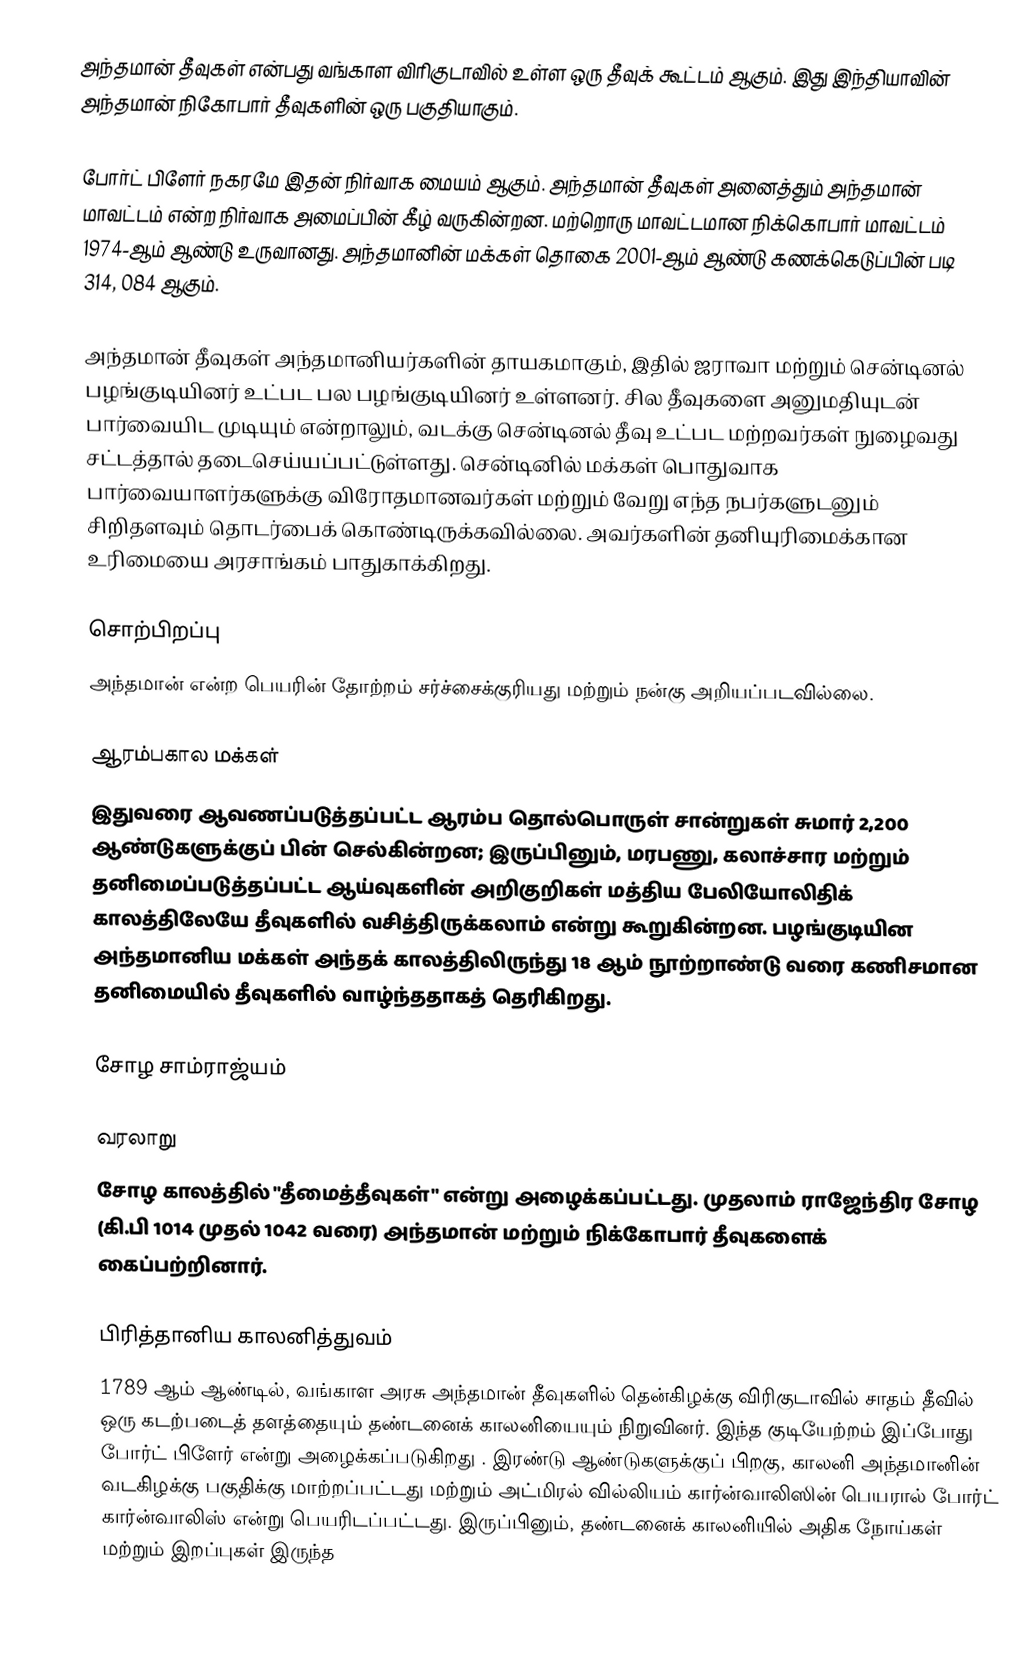
அந்தமான் தீவுகள் என்பது வங்காள விரிகுடாவில் உள்ள ஒரு தீவுக் கூட்டம் ஆகும். இது இந்தியாவின் அந்தமான் நிகோபார் தீவுகளின் ஒரு பகுதியாகும்.

போர்ட் பிளேர் நகரமே இதன் நிர்வாக மையம் ஆகும். அந்தமான் தீவுகள் அனைத்தும் அந்தமான் மாவட்டம் என்ற நிர்வாக அமைப்பின் கீழ் வருகின்றன. மற்றொரு மாவட்டமான நிக்கொபார் மாவட்டம் 1974-ஆம் ஆண்டு உருவானது. அந்தமானின் மக்கள் தொகை 2001-ஆம் ஆண்டு கணக்கெடுப்பின் படி 314, 084 ஆகும்.

அந்தமான் தீவுகள் அந்தமானியர்களின் தாயகமாகும், இதில் ஜராவா மற்றும் சென்டினல்  பழங்குடியினர் உட்பட பல பழங்குடியினர் உள்ளனர்.  சில தீவுகளை அனுமதியுடன் பார்வையிட முடியும் என்றாலும், வடக்கு சென்டினல் தீவு உட்பட மற்றவர்கள் நுழைவது சட்டத்தால் தடைசெய்யப்பட்டுள்ளது. சென்டினில் மக்கள் பொதுவாக பார்வையாளர்களுக்கு விரோதமானவர்கள் மற்றும் வேறு எந்த நபர்களுடனும் சிறிதளவும் தொடர்பைக் கொண்டிருக்கவில்லை. அவர்களின் தனியுரிமைக்கான உரிமையை அரசாங்கம் பாதுகாக்கிறது.

சொற்பிறப்பு
அந்தமான் என்ற பெயரின் தோற்றம் சர்ச்சைக்குரியது மற்றும் நன்கு அறியப்படவில்லை.

ஆரம்பகால மக்கள்
இதுவரை ஆவணப்படுத்தப்பட்ட ஆரம்ப தொல்பொருள் சான்றுகள் சுமார் 2,200 ஆண்டுகளுக்குப் பின் செல்கின்றன; இருப்பினும், மரபணு, கலாச்சார மற்றும் தனிமைப்படுத்தப்பட்ட ஆய்வுகளின் அறிகுறிகள் மத்திய பேலியோலிதிக் காலத்திலேயே தீவுகளில் வசித்திருக்கலாம் என்று கூறுகின்றன. பழங்குடியின அந்தமானிய மக்கள் அந்தக் காலத்திலிருந்து 18 ஆம் நூற்றாண்டு வரை கணிசமான தனிமையில் தீவுகளில் வாழ்ந்ததாகத் தெரிகிறது.

சோழ சாம்ராஜ்யம்

வரலாறு
சோழ காலத்தில் "தீமைத்தீவுகள்" என்று அழைக்கப்பட்டது. முதலாம் ராஜேந்திர சோழ  (கி.பி 1014 முதல் 1042 வரை) அந்தமான் மற்றும் நிக்கோபார் தீவுகளைக் கைப்பற்றினார்.

பிரித்தானிய காலனித்துவம்
1789 ஆம் ஆண்டில், வங்காள அரசு   அந்தமான் தீவுகளில் தென்கிழக்கு விரிகுடாவில் சாதம் தீவில் ஒரு கடற்படைத் தளத்தையும் தண்டனைக் காலனியையும் நிறுவினர். இந்த குடியேற்றம் இப்போது போர்ட் பிளேர் என்று அழைக்கப்படுகிறது . இரண்டு ஆண்டுகளுக்குப் பிறகு, காலனி  அந்தமானின் வடகிழக்கு பகுதிக்கு மாற்றப்பட்டது மற்றும் அட்மிரல் வில்லியம் கார்ன்வாலிஸின் பெயரால் போர்ட் கார்ன்வாலிஸ் என்று பெயரிடப்பட்டது. இருப்பினும், தண்டனைக் காலனியில் அதிக நோய்கள் மற்றும் இறப்புகள் இருந்த